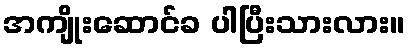
အကျိုးဆောင်ခ ပါပြီးသားလား။